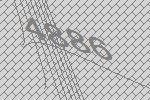
4886